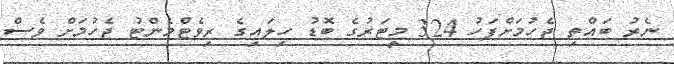
ނެރު ބައްތި ޖެހުމަށްފަހު 324 މީޓަރުގެ ބޮޑު ހިލައިގެ ރިވެޓްމެންޓު ޖެހުމަށް ވެސް